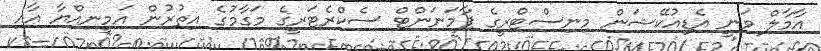
އާމާލް ވަނީ އެޑިއުކޭޝަން މިނިސްޓްރީގެ ޕާމަނަންޓް ސެކްރެޓަރީގެ މަގާމުގެ އިތުރުން އަމީނިއްޔާ އާއި